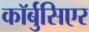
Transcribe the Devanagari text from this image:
कॉर्बुसिएर